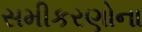
સમીકરણોના